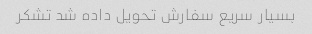
بسیار سریع سفارش تحویل داده شد تشکر